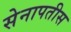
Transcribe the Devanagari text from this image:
सेनापतीस